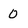
Character: 0